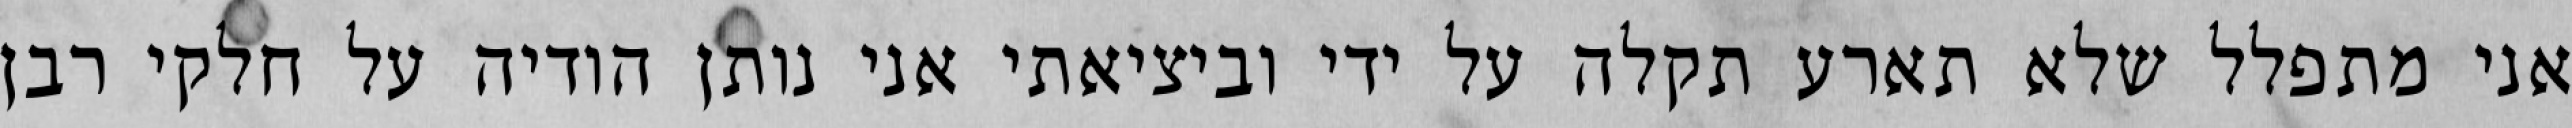
אני מתפלל שלא תארע תקלה על ידי וביציאתי אני נותן הודיה על חלקי רבן